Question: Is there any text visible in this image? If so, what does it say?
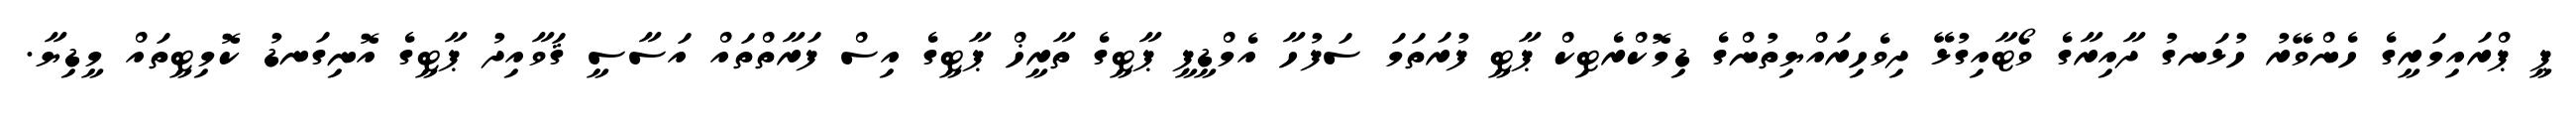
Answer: ޕީ ޕްރައިމަރީގެ ހެންވޭރު ހުޅަނގު ދާއިރާގެ ވޯޓާއިގުޅޭ ދިވެހިރައްޔިތުންގެ ޑިމޮކްރެޓިކް ޕާޓީ ފުރަތަމަ ސަފުހާ އެމްޑީޕީ ޕާޓީގެ ތާރީޚް ޕާޓީގެ އިސް ފަރާތްތައް އަސާސީ ޤަވާއިދު ޕާޓީގެ އޮނިގަނޑު ކޮމިޓީތައް މީޑިޔާ.